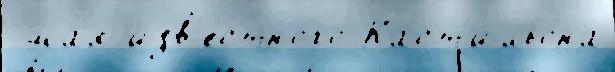
 ма́я изв'е́стного Каст'ильона